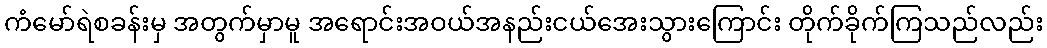
ကံမော်ရဲစခန်းမှ အတွက်မှာမူ အရောင်းအဝယ်အနည်းငယ်အေးသွားကြောင်း တိုက်ခိုက်ကြသည်လည်း